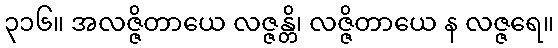
၃၁၆။ အလဇ္ဇိတာယေ လဇ္ဇန္တိ၊ လဇ္ဇိတာယေ န လဇ္ဇရေ။